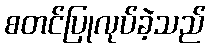
စတင်ပြုလုပ်ခဲ့သည်